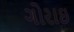
ગોરાઇ